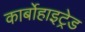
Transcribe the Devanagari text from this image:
कार्बोहाइट्रेड